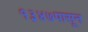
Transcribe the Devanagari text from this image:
१३४७पासून